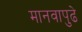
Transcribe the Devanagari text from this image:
मानवापुढे